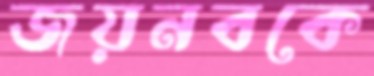
জয়নবকে